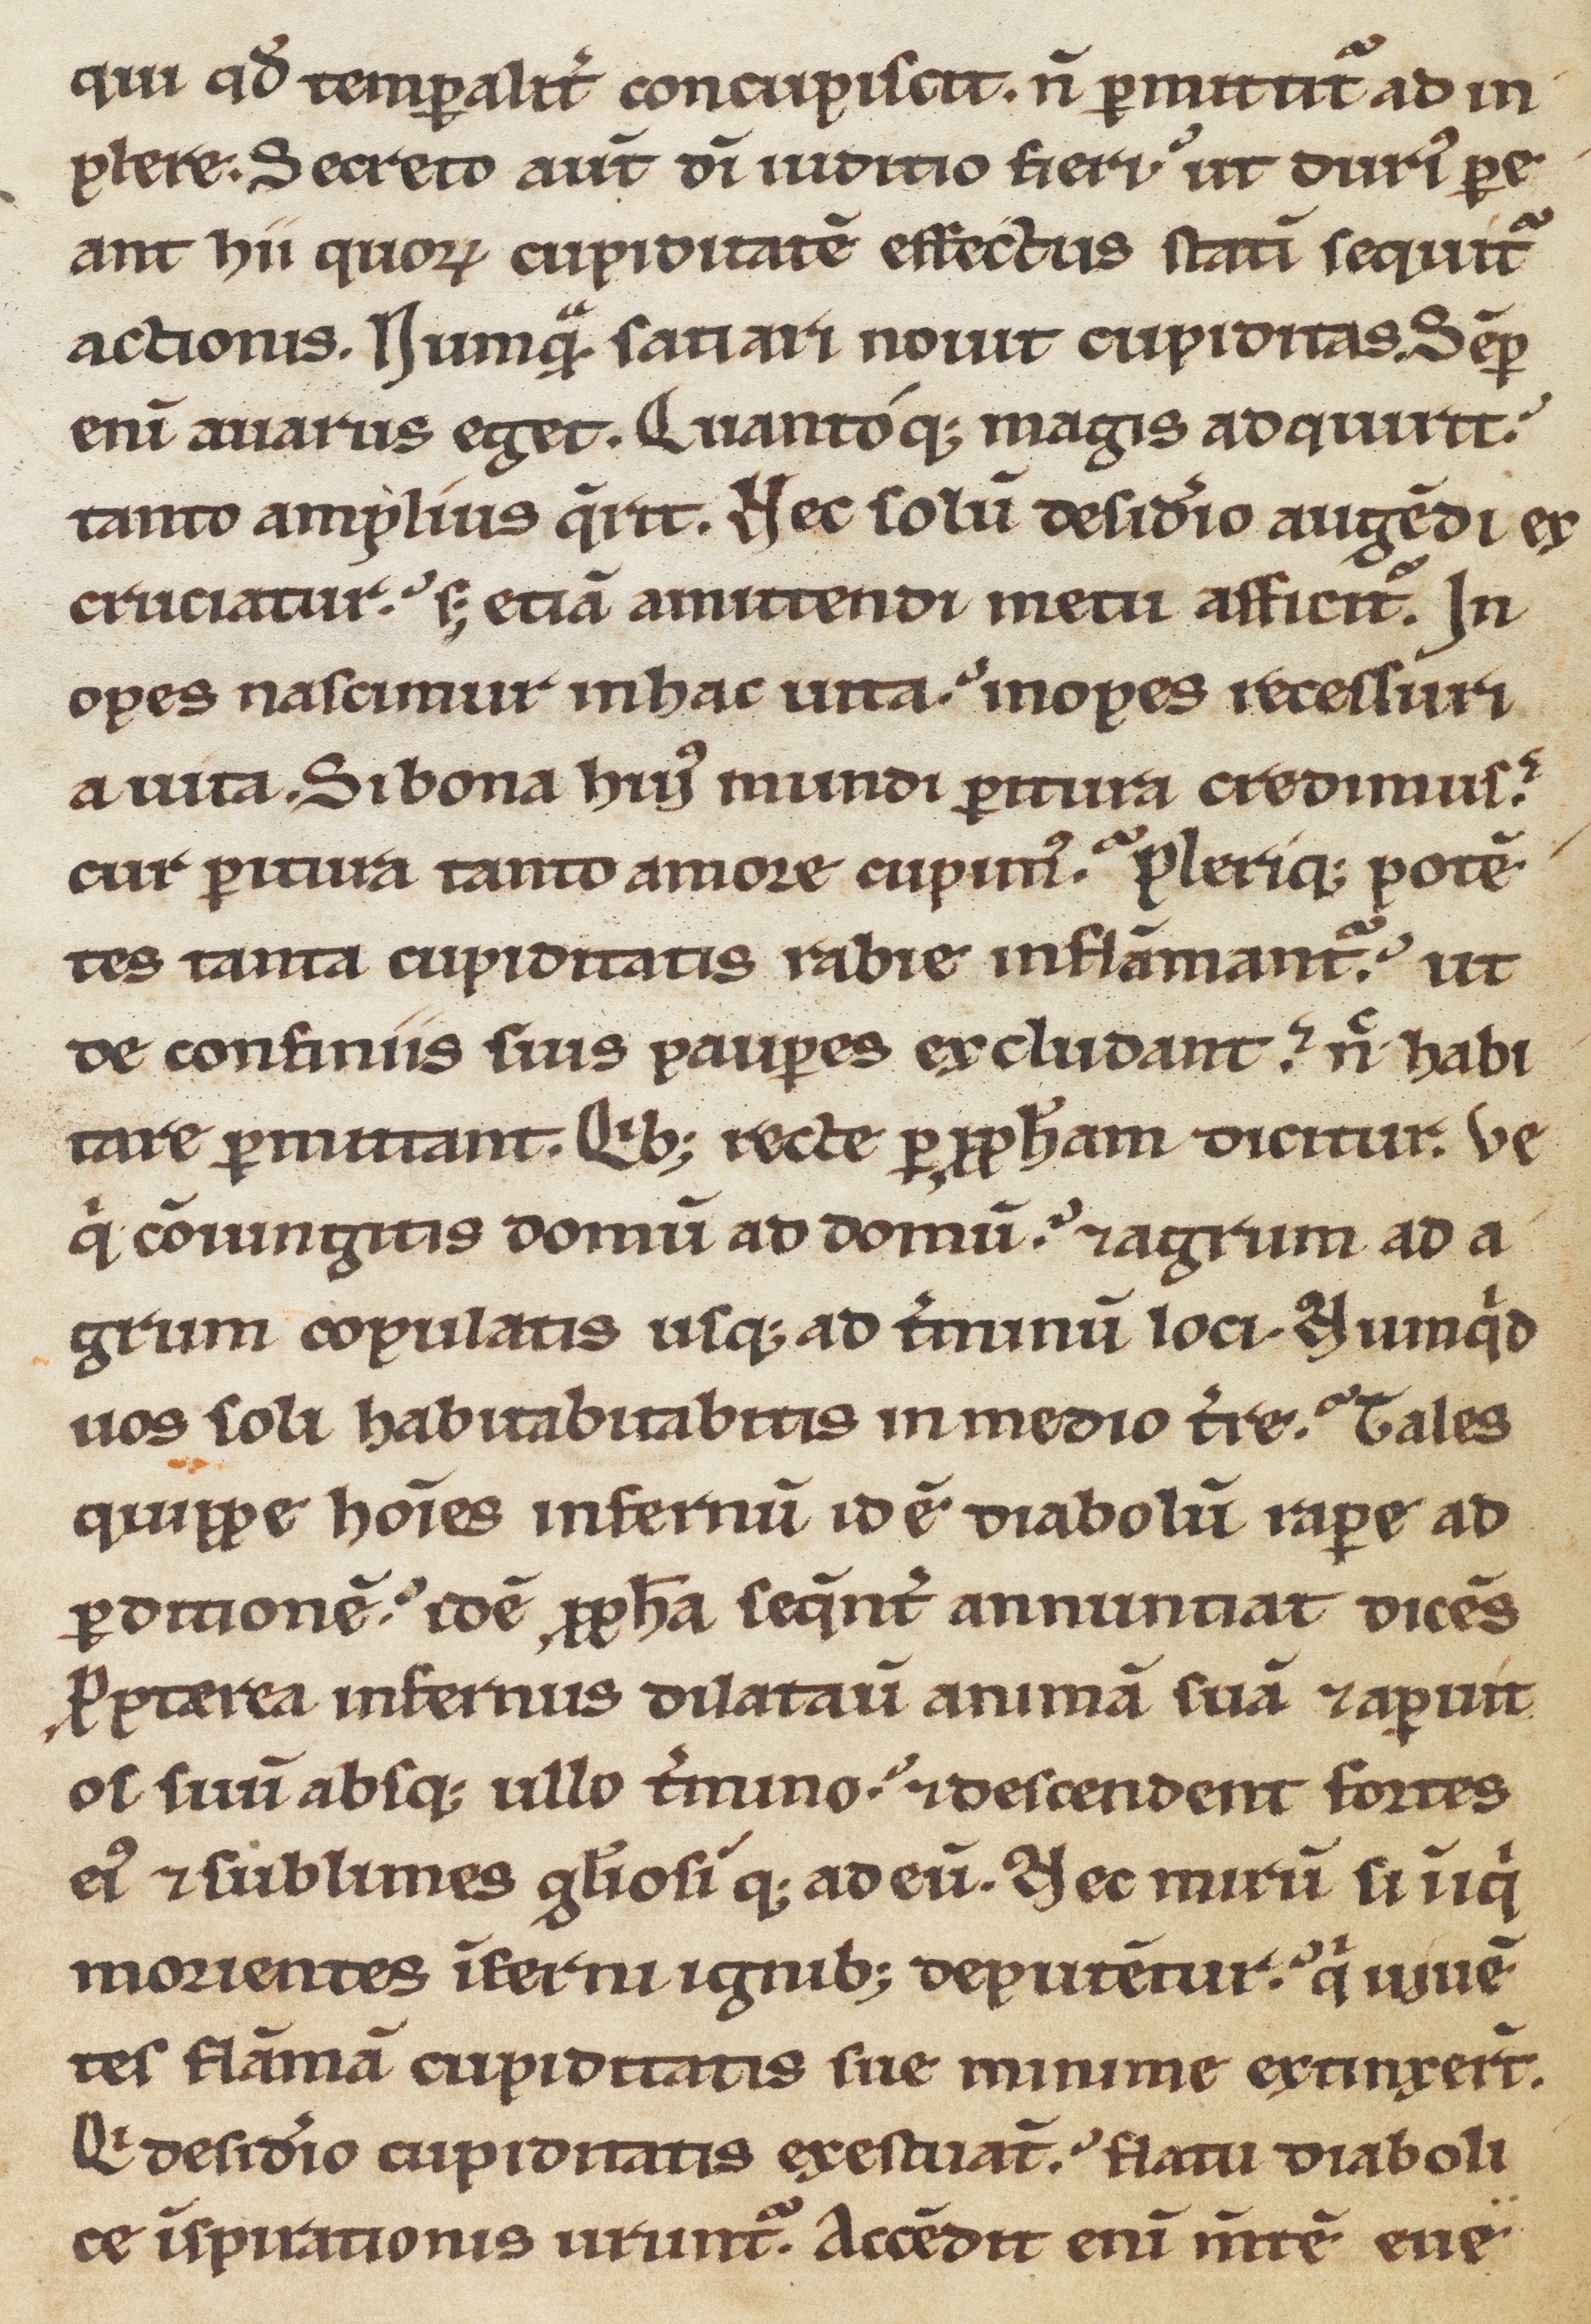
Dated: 1170–1199